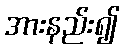
အားနည်း၍